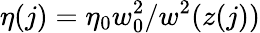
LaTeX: \eta(j)=\eta_{0}w_{0}^{2}/w^{2}(z(j))